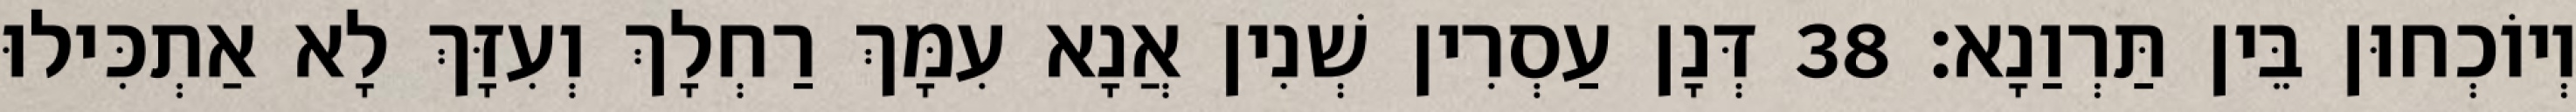
וְיוֹכְחוּן בֵּין תַּרְוַנָא׃ 38 דְּנָן עַסְרִין שְׁנִין אֲנָא עִמָּךְ רַחְלָךְ וְעִזָּךְ לָא אַתְכִּילוּ